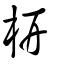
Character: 枅